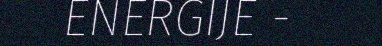
ENERGIJE -